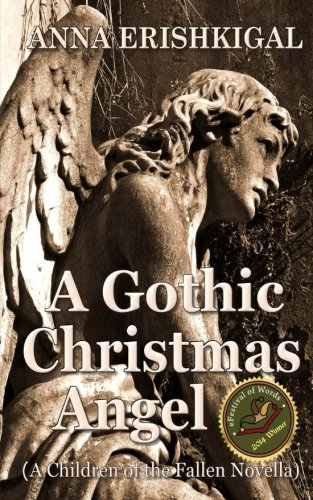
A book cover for A Gothic Christmas Angel: A Novella (Children of the Fallen); Anna Erishkigal; Science Fiction & Fantasy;